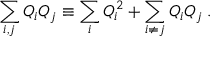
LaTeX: \sum _ { i , j } Q _ { i } Q _ { j } \equiv \sum _ { i } Q _ { i } ^ { 2 } + \sum _ { i \neq j } Q _ { i } Q _ { j } \; .